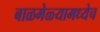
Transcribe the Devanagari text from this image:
बाळमेळ्यामध्येच